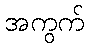
အကွက်